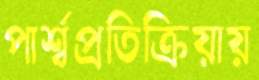
পার্শ্বপ্রতিক্রিয়ায়